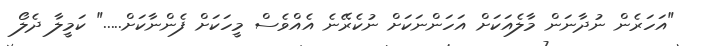
"އަހަރެން ނުދާނަން މާލެއަކަށް އަހަންނަކަށް ނުކެރޭނެ އެއްވެސް މީހަކަށް ފެންނާކަށް....." ކަމީލާ ދެލޯ